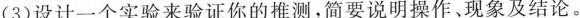
(3)设计一个实验来验证你的推测，简要说明操作、现象及结论。